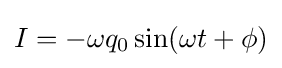
I=-\omega q_{0}\sin(\omega t+\phi )\,\!